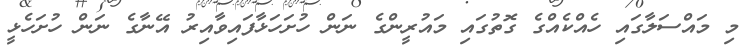
މި މައްސަލާގައި ހެއްކެއްގެ ގޮތުގައި މައުރީންގެ ނަން ހުށަހަޅާފައިވާއިރު އޭނާގެ ނަން ހުށަހެޅީ